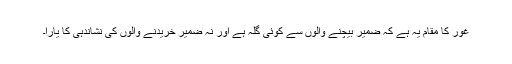
غور کا مقام یہ ہے کہ ضمیر بیچنے والوں سے کوئی گلہ ہے اور نہ ضمیر خریدنے والوں کی نشاندہی کا یارا۔